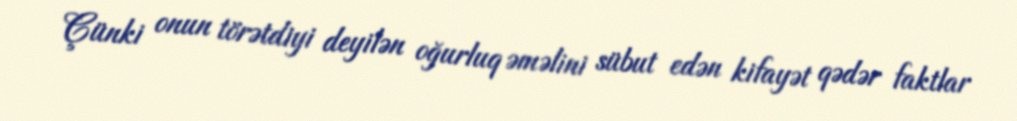
Çünki onun törətdiyi deyilən oğurluq əməlini sübut edən kifayət qədər faktlar